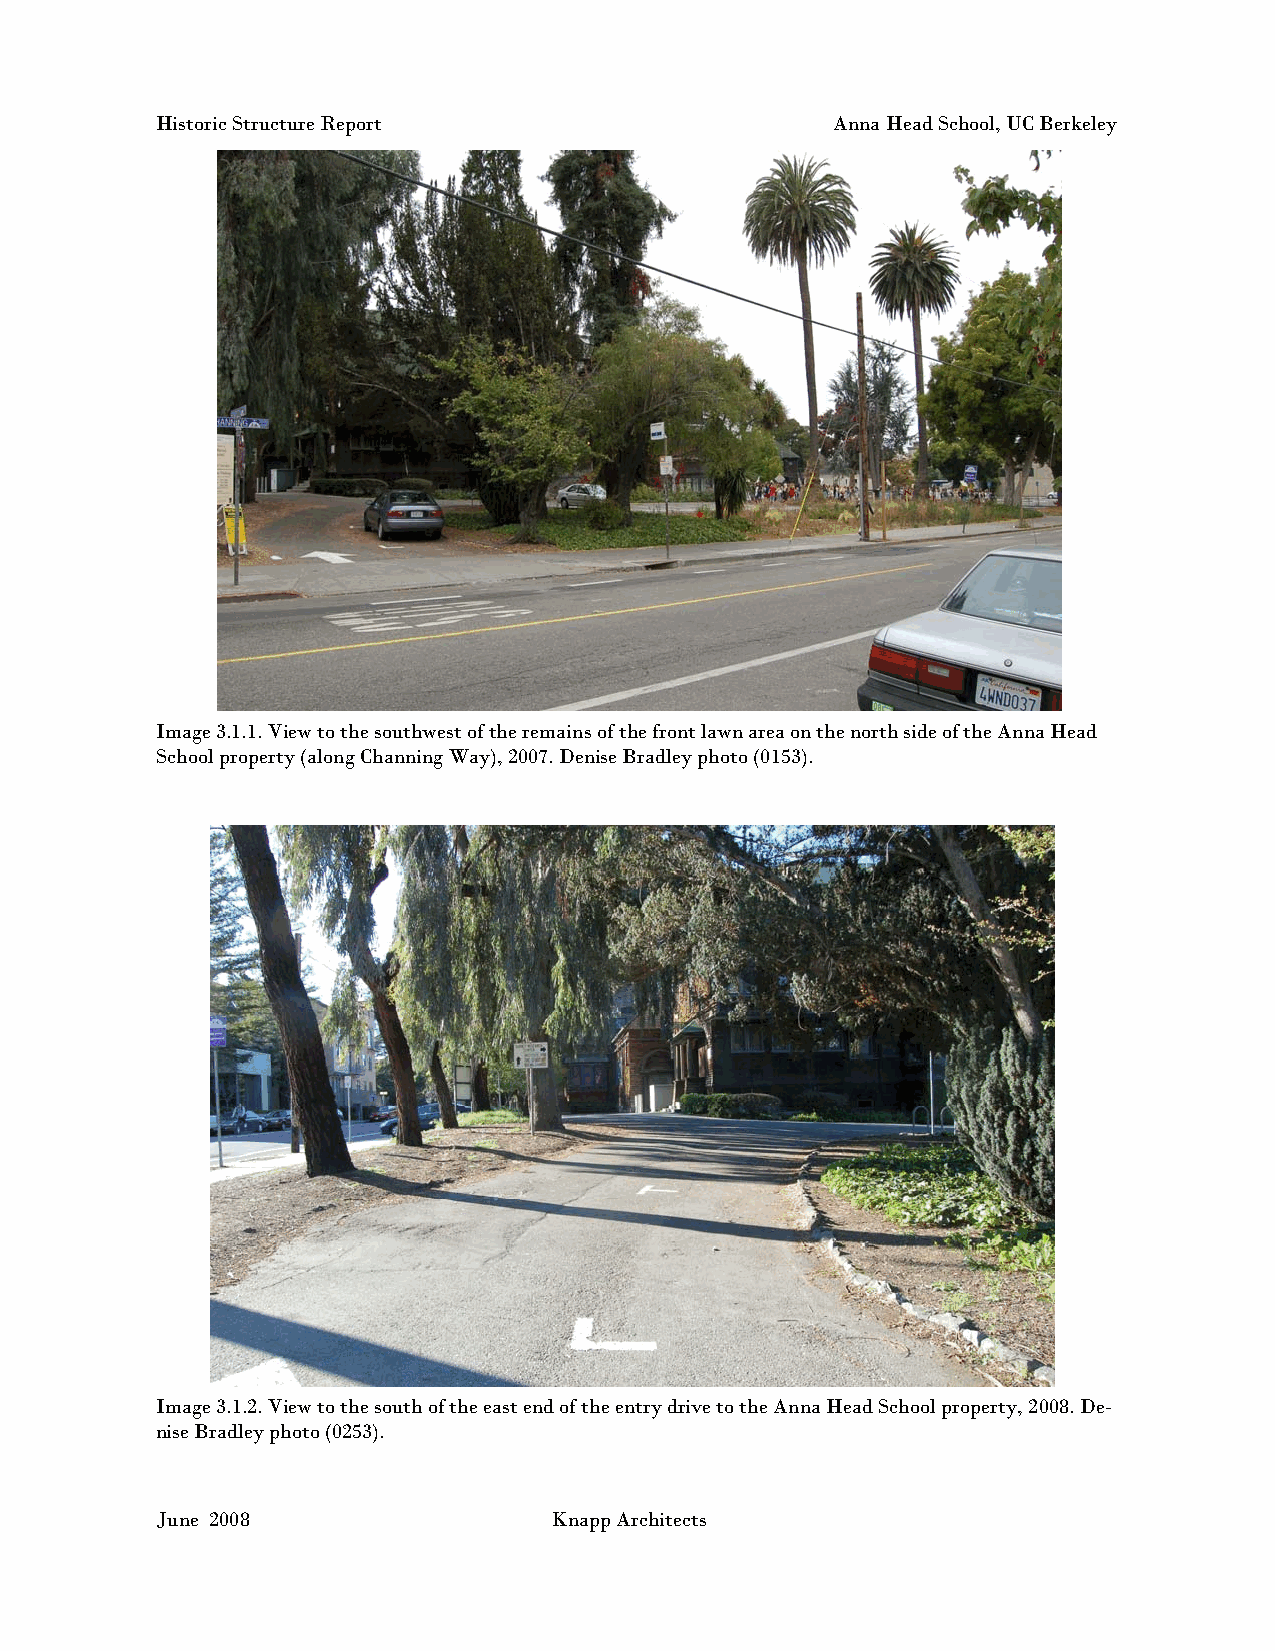
Historic Structure Report                    Anna Head School, UC Berkeley
 Image 3.1.1. View to the southwest of the remains of the front lawn area on the north side of the Anna Head
 School property (along Channing Way), 2007. Denise Bradley photo (0153).
 Image 3.1.2. View to the south of the east end of the entry drive to the Anna Head School property, 2008. De-
 nise Bradley photo (0253).
 June 2008                 Knapp Architects